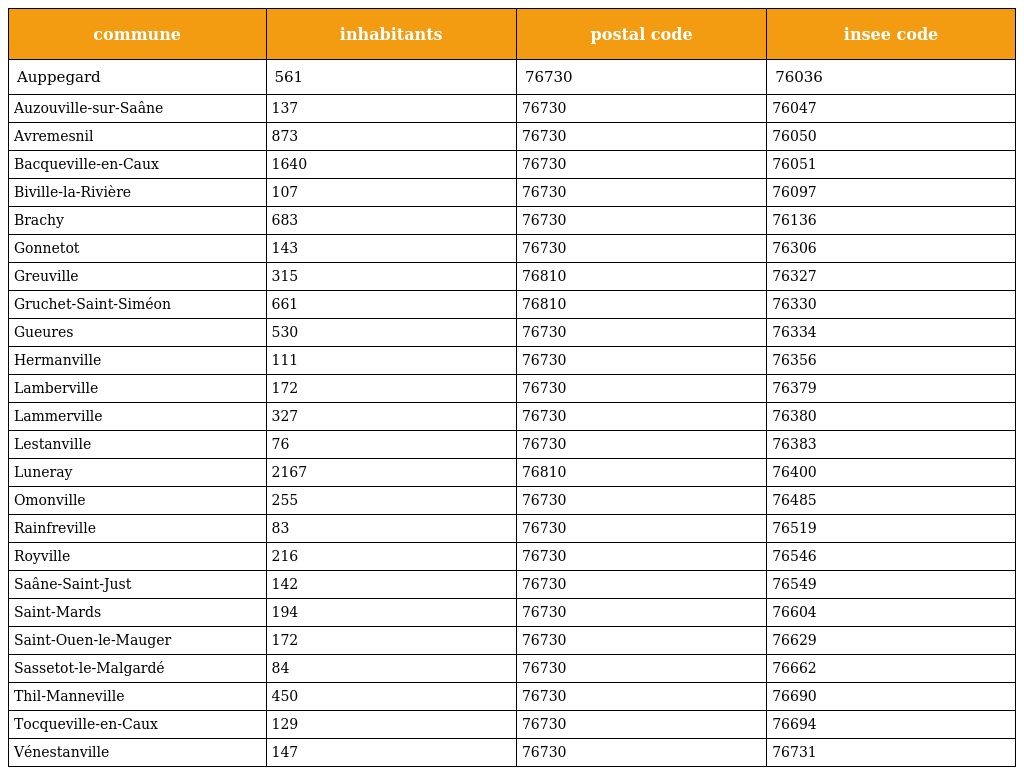
| commune | inhabitants | postal code | insee code |
 | --- | --- | --- | --- |
 | Auppegard | 561 | 76730 | 76036 |
 | Auzouville-sur-Saâne | 137 | 76730 | 76047 |
 | Avremesnil | 873 | 76730 | 76050 |
 | Bacqueville-en-Caux | 1640 | 76730 | 76051 |
 | Biville-la-Rivière | 107 | 76730 | 76097 |
 | Brachy | 683 | 76730 | 76136 |
 | Gonnetot | 143 | 76730 | 76306 |
 | Greuville | 315 | 76810 | 76327 |
 | Gruchet-Saint-Siméon | 661 | 76810 | 76330 |
 | Gueures | 530 | 76730 | 76334 |
 | Hermanville | 111 | 76730 | 76356 |
 | Lamberville | 172 | 76730 | 76379 |
 | Lammerville | 327 | 76730 | 76380 |
 | Lestanville | 76 | 76730 | 76383 |
 | Luneray | 2167 | 76810 | 76400 |
 | Omonville | 255 | 76730 | 76485 |
 | Rainfreville | 83 | 76730 | 76519 |
 | Royville | 216 | 76730 | 76546 |
 | Saâne-Saint-Just | 142 | 76730 | 76549 |
 | Saint-Mards | 194 | 76730 | 76604 |
 | Saint-Ouen-le-Mauger | 172 | 76730 | 76629 |
 | Sassetot-le-Malgardé | 84 | 76730 | 76662 |
 | Thil-Manneville | 450 | 76730 | 76690 |
 | Tocqueville-en-Caux | 129 | 76730 | 76694 |
 | Vénestanville | 147 | 76730 | 76731 |